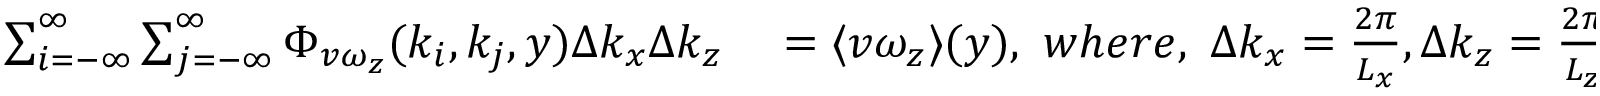
\begin{array} { r l } { \sum _ { i = - \infty } ^ { \infty } \sum _ { j = - \infty } ^ { \infty } \Phi _ { v \omega _ { z } } ( k _ { i } , k _ { j } , y ) \Delta k _ { x } \Delta k _ { z } } & { { } = \langle v \omega _ { z } \rangle ( y ) , \ w h e r e , \ \Delta k _ { x } = \frac { 2 \pi } { L _ { x } } , \Delta k _ { z } = \frac { 2 \pi } { L _ { z } } . } \end{array}